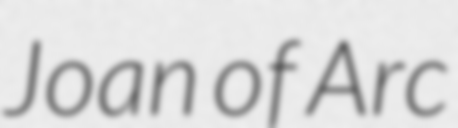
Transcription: Joan of Arc